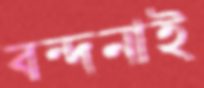
বন্দনাই